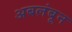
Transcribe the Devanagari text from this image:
अबलंबून